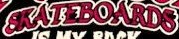
SKATEBOARDS